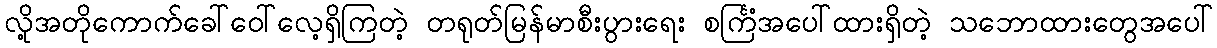
လို့အတိုကောက်ခေါ်ဝေါ်လေ့ရှိကြတဲ့ တရုတ်မြန်မာစီးပွားရေး စင်္ကြံအပေါ်ထားရှိတဲ့ သဘောထားတွေအပေါ်